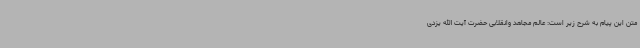
متن این پیام به شرح زیر است: عالم مجاهد وانقلابی حضرت آیت الله یزدی